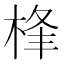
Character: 桻